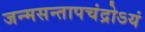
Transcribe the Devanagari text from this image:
जन्मसन्तापचंद्रोऽयं